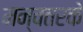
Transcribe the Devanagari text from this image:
मन्वतरके